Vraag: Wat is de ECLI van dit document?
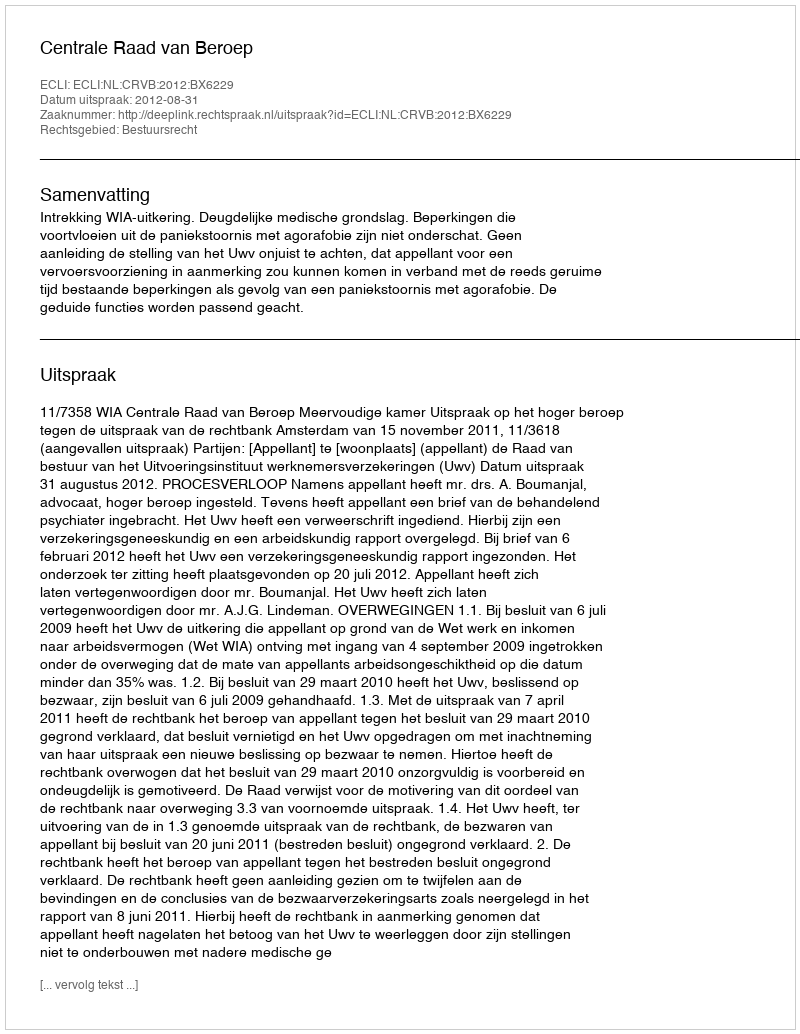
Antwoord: ECLI:NL:CRVB:2012:BX6229